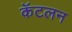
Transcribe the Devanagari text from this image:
कॅटलन